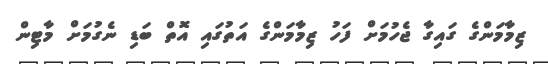
ޒިމާމަންގެ ގައިގާ ޖެހުމަށް ފަހު ޒިމާމަންގެ އަތުގައި އޮތް ބަޑި ނެގުމަށް މާޓިން